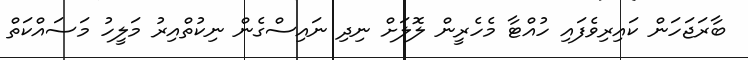
ބާރަޖަހަން ކައިރިވެފައި ހުއްޓާ މެހެރީން ލޮލަށް ނިދި ނައިސްގެން ނިކުތްއިރު މަލީހު މަސައްކަތް